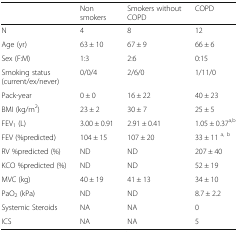
|  | Non smokers | Smokers without COPD | COPD |
 | --- | --- | --- | --- |
 | N | 4 | 8 | 12 |
 | Age (yr) | 63 ± 10 | 67 ± 9 | 66 ± 6 |
 | Sex (F:M) | 1:3 | 2:6 | 0:15 |
 | Smoking status (current/ex/never) | 0/0/4 | 2/6/0 | 1/11/0 |
 | Pack-year | 0 ± 0 | 16 ± 22 | 40 ± 23 |
 | BMI (kg/m2) | 23 ± 2 | 30 ± 7 | 25 ± 5 |
 | FEV1 (L) | 3.00 ± 0.91 | 2.91 ± 0.41 | 1.05 ± 0.37a,b |
 | FEV (%predicted) | 104 ± 15 | 107 ± 20 | 33 ± 11 a,b |
 | RV %predicted (%) | ND | ND | 207 ± 40 |
 | KCO %predicted (%) | ND | ND | 52 ± 19 |
 | MVC (kg) | 40 ± 19 | 41 ± 13 | 34 ± 10 |
 | PaO2 (kPa) | ND | ND | 8.7 ± 2.2 |
 | Systemic Steroids | NA | NA | 0 |
 | ICS | NA | NA | 5 |